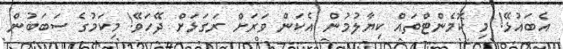
އެބައުޅޭ! މި ކޮމެންޓްތައް ކިޔާލުމުން އެކަން ވަރަށް ރަގަޅަށް ދޭހަވޭ! މިކަމުގެ ސަބަބުން